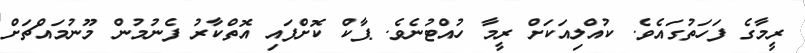
ރީމާގެ ފަހަތުގައެވެ. ކުއްލިއަކަށް ރީމާ ހުއްޓުނެވެ. ޕާކް ކޮށްފައި އޮތްކާރު ފެނުމުން މޫނުމައްޗަށް